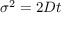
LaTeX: \sigma ^ { 2 } = 2 D t